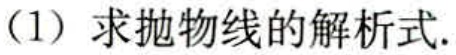
(1) 求抛物线的解析式.